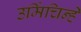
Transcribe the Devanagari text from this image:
उर्मिचिन्हे